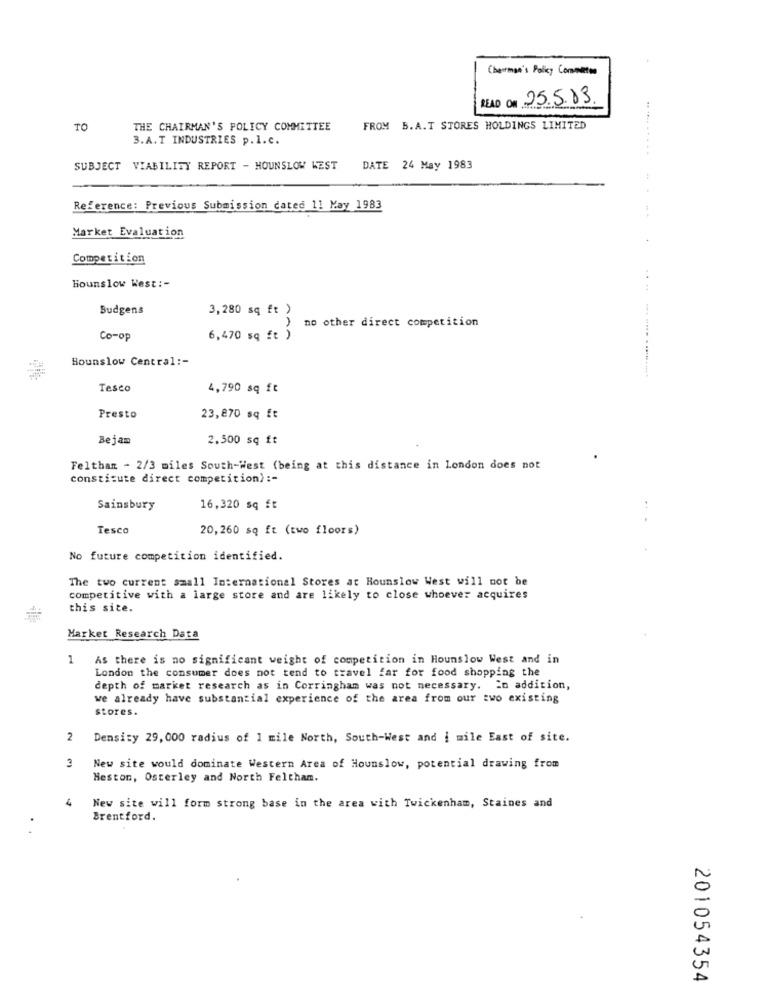
Chairman's Policy Commenton
READ ON 25.5.83.
TO
THE CHAIRMAN'S POLICY COMMITTEE
FROM B.A.T STORES HOLDINGS LIMITED
3.A.T INDUSTRIES p.1.C.
SUBJECT VIABILITY REPORT - HOUNSLOW WEST
DATE 24 May 1983
Reference: Previous Submission cated 11 May 1983
Market Evaluation
+
Competition
Hounslow West :-
Budgens
3,280 sq ft )
no other direct competition
Co-op
6,470 sq ft )
Hounslow Central :-
... .. ... ..... . ..........
Tesco
4,790 sq ft
Presto
23,870 sq ft
Bejam
2.500 sq ft
Felthan - 2/3 miles South-West (being at this distance in London does not
constitute direct competition) :-
Sainsbury
16,320 sq ft
...
Tesco
20,260 sq ft (two floors)
No future competition identified.
The two current small International Stores at Hounslow West will not be
competitive with a large store and are likely to close whoever acquires
this site.
Market Research Data
1
As there is no significant weight of competition in Hounslow West and in
London the consumer does not tend to travel far for food shopping the
depth of market research as in Corringham was not necessary. In addition,
we already have substantial experience of the area from our two existing
stores.
2
Density 29, 000 radius of 1 mile North, South-West and i mile East of site.
3
New site would dominate Western Area of Hounslow, potential drawing from
Heston, Osterley and North Feltham.
4
New site will form strong base in the area with Twickenham, Staines and
Brentford.
201054354